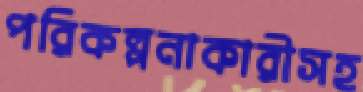
পরিকল্পনাকারীসহ